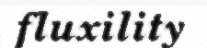
fluxility